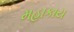
મહાકાય